Vaccination in the Punjab 1919-1929 - 1919-1929
Year: 1919
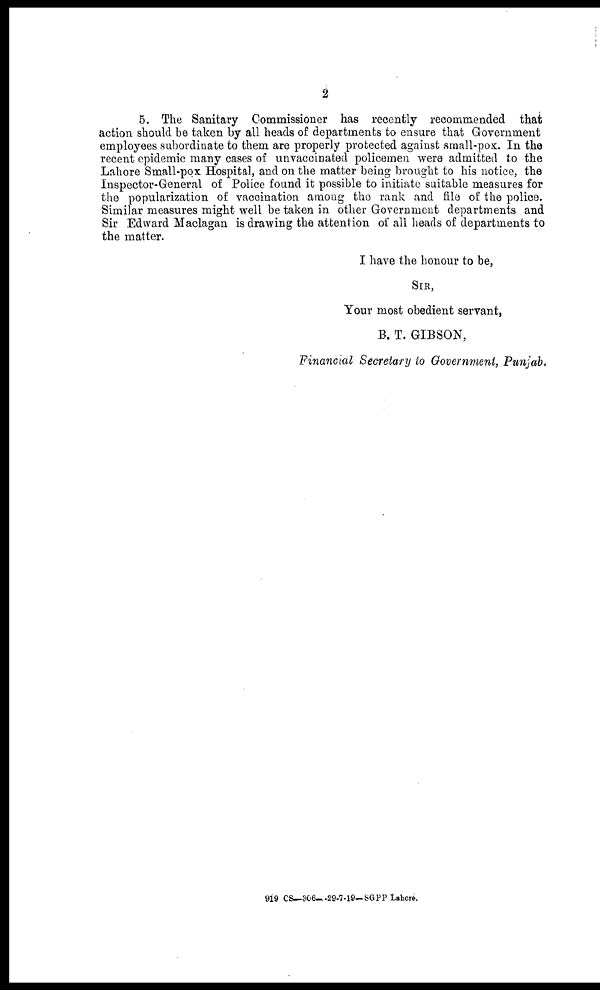
2
5. The Sanitary Commissioner has recently recommended that
action should be taken by all heads of departments to ensure that Government
employees subordinate to them are properly protected against small-pox. In the
recent epidemic many cases of unvaccinated policemen were admitted to the
Lahore Small-pox Hospital, and on the matter being brought to his notice, the
Inspector-General of Police found it possible to initiate suitable measures for
the popularization of vaccination among the rank and file of the police.
Similar measures might well be taken in other Government departments and
Sir Edward Maclagan is drawing the attention of all heads of departments to
the matter.
I have the honour to be,
SIR,
Your most obedient servant,
B. T. GIBSON,
Financial Secretary to Government, Punjab.
919 CS—306— 29-7-19— SGPP Lahore.